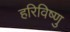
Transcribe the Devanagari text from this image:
हरिविष्णु